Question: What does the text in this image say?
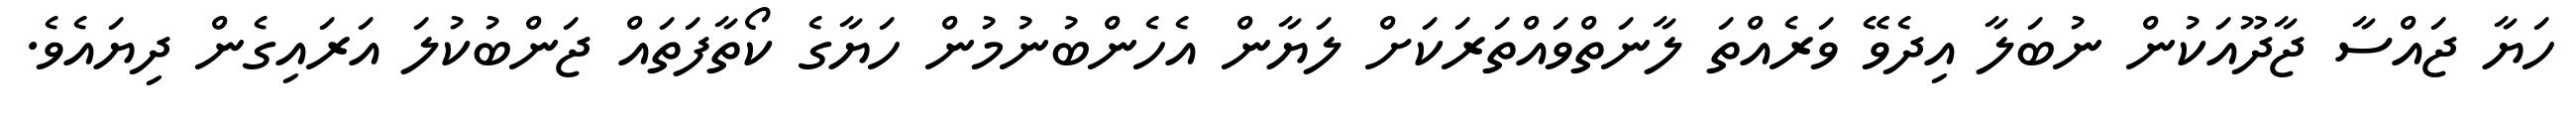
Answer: ހަޔާ ޖައްސާ ޖާދޫއަކުން ނުބަލާ އިދެވޭ ވަރެއްތަ ލާނަތްވައްތަރަކަށް ލަޔާން އެހެންބުނުމުން ހަޔާގެ ކޯތާފަތައް ޖަންބުކުލަ އަރައިގެން ދިޔައެވެ.